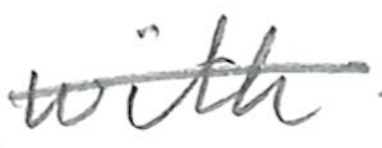
Text: with
Cross-out: single-line
Writing tool: pencil